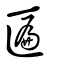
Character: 匾